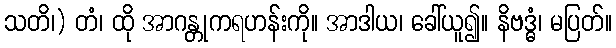
သတိ၊) တံ၊ ထို အာဂန္တုကရဟန်းကို။ အာဒါယ၊ ခေါ်ယူ၍။ နိဗဒ္ဓံ၊ မပြတ်။